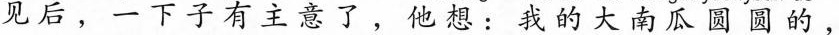
见后， 有主意了 ，他想：我的大南瓜圆圆的，